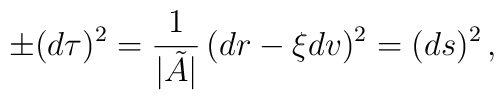
\pm (d \tau)^2 = \frac{1}{\vert \tilde A \vert } \, (dr - \xi dv )^2 = (ds)^2\,,